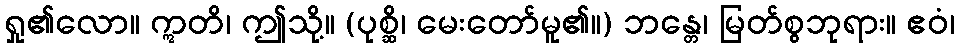
ရှု၏လော။ ဣတိ၊ ဤသို့။ (ပုစ္ဆိ၊ မေးတော်မူ၏။) ဘန္တေ၊ မြတ်စွဘုရား။ ဧဝံ၊